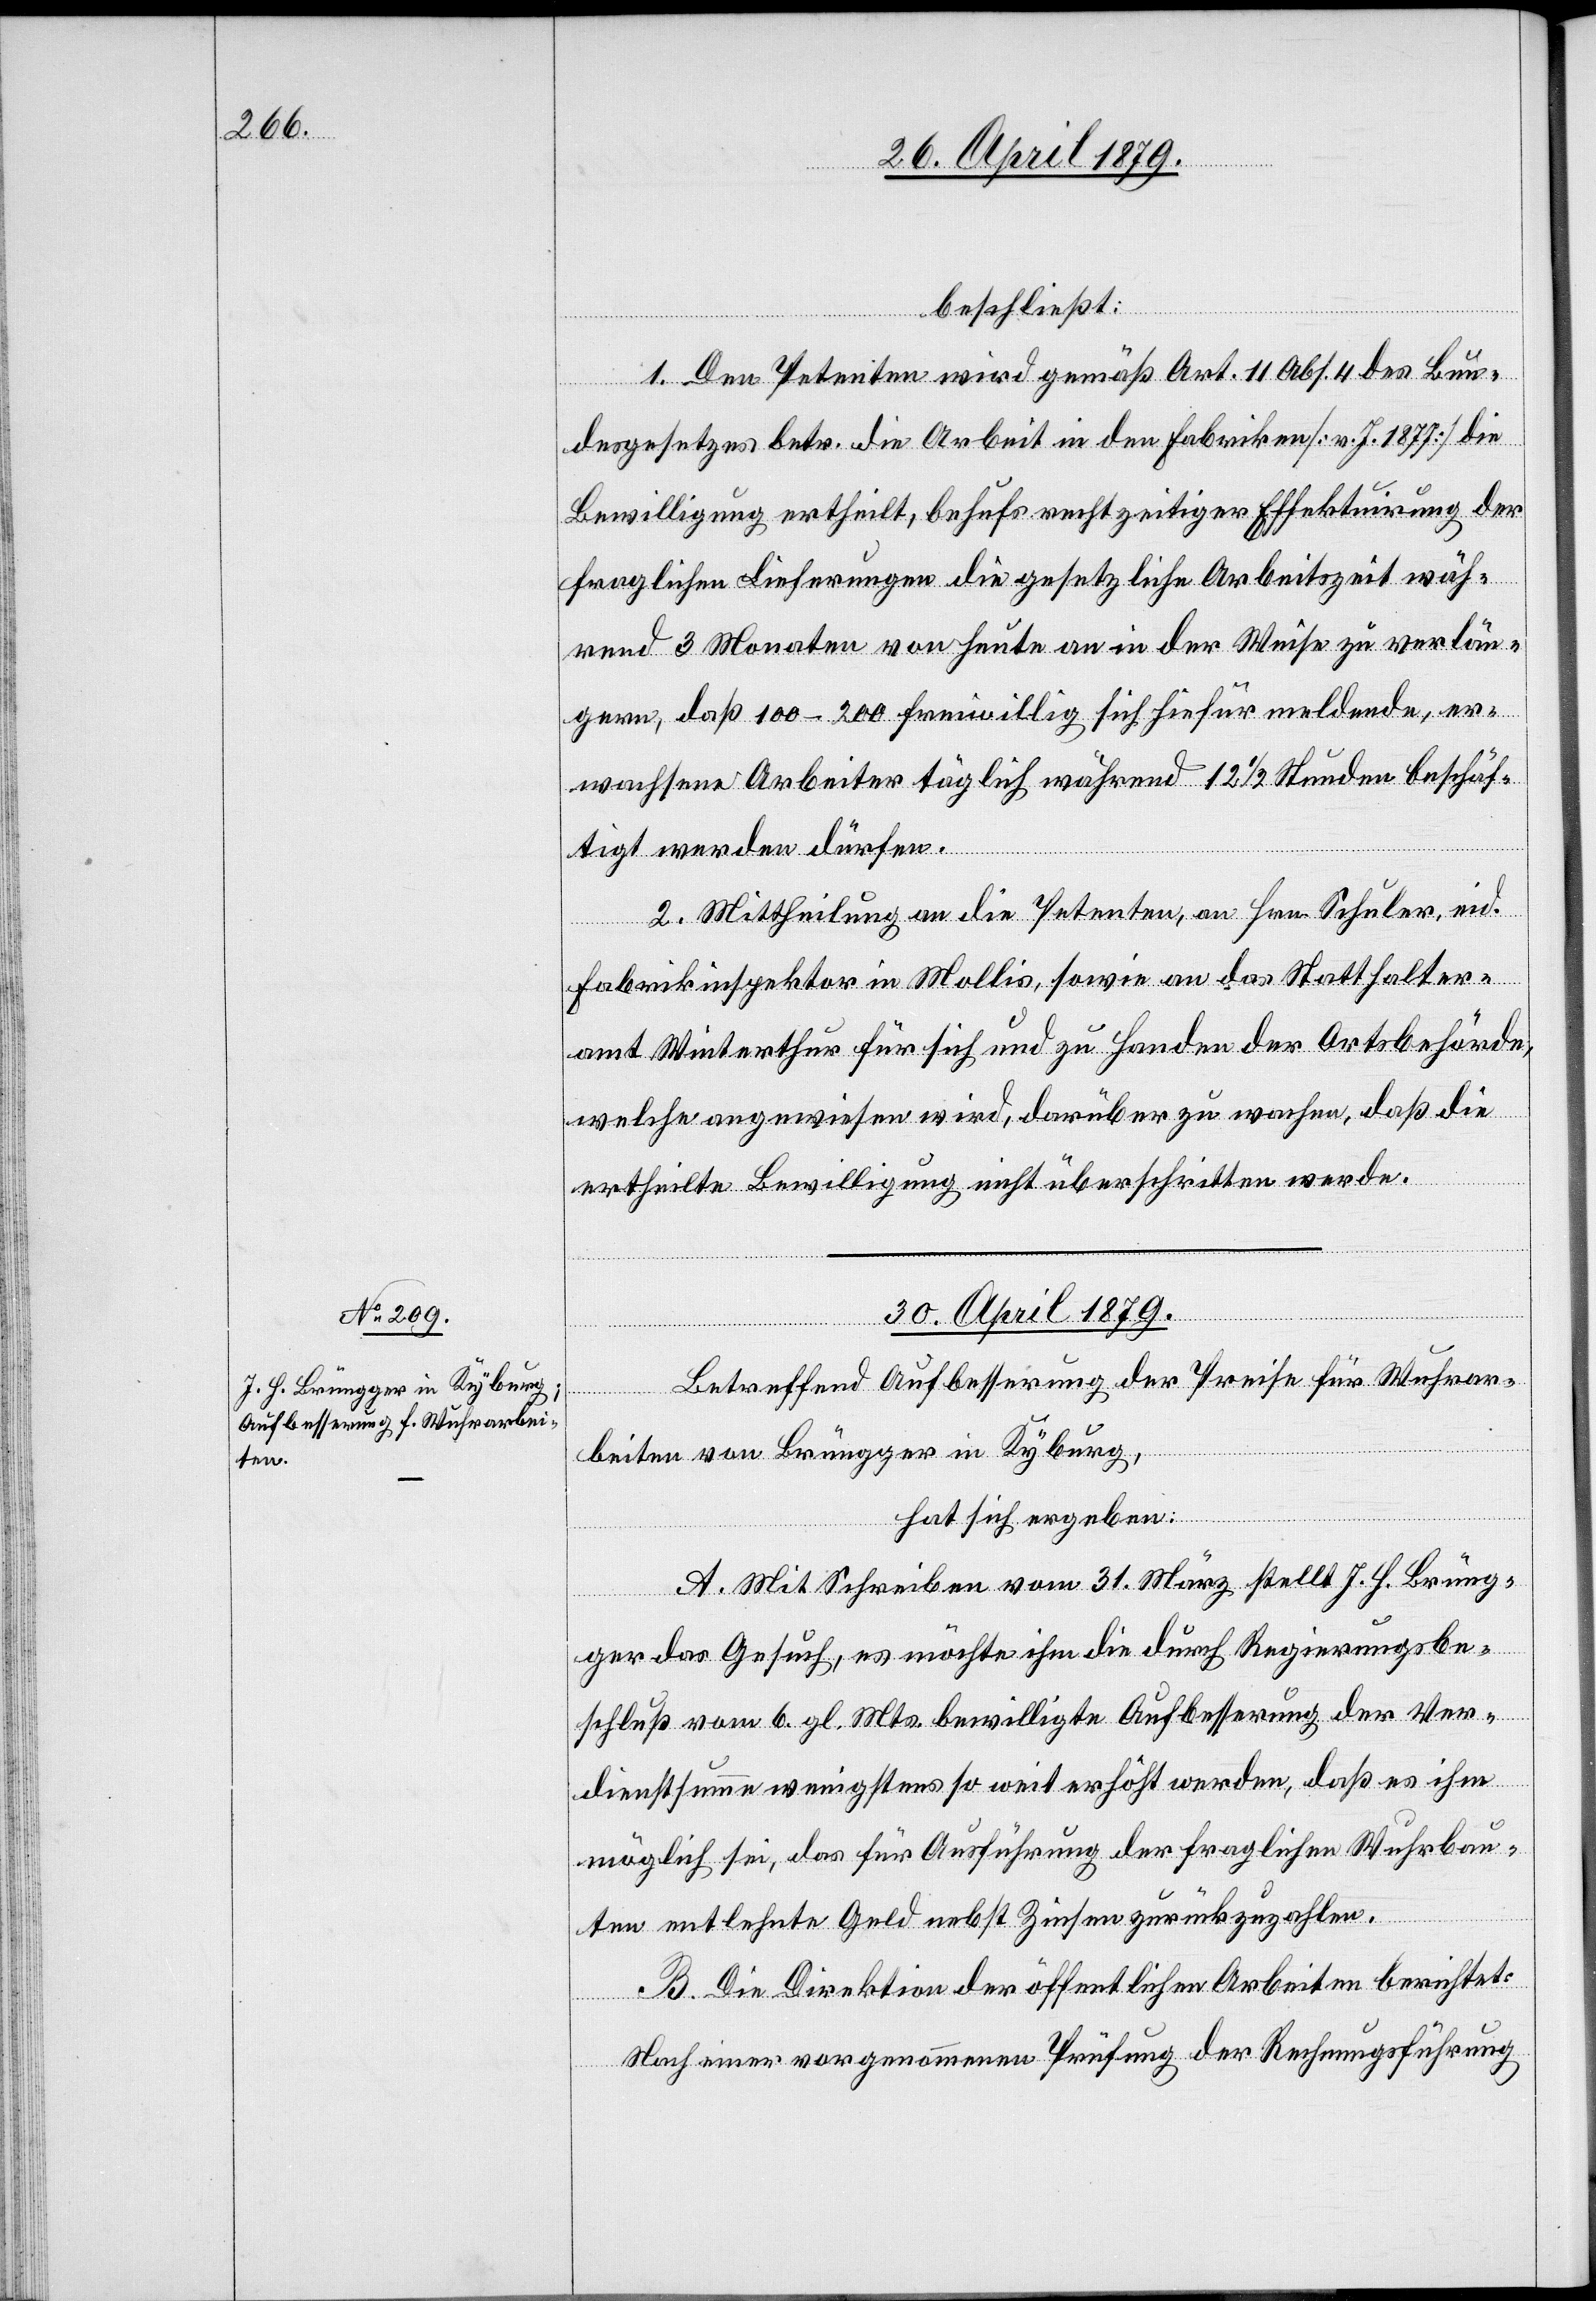
beschließt:
1. Den Petenten wird gemäß Art. 11 Abs. 4 des Bun¬
desgesetzes betr. die Arbeit in den Fabriken [v. J. 1877] die
Bewilligung ertheilt, behufs rechtzeitiger Effektuirung der
fraglichen Lieferungen die gesetzliche Arbeitszeit wäh¬
rend 3 Monaten von heute an in der Weise zu verlän¬
gern, daß 100–200 freiwillig sich hiefür meldende, er¬
wachsene Arbeiter täglich während 12 1/2 Stunden beschäf¬
tigt werden dürfen.
2. Mittheilung an die Petenten, an Hrn. Schuler, eid.
Fabrikinspektor in Mollis, sowie an das Statthalter¬
amt Winterthur für sich und zu Handen der Ortsbehörde,
welche angewiesen wird, darüber zu wachen, daß die
ertheilte Bewilligung nicht überschritten werde.
30. April 1879.
Betreffend Aufbesserung der Preise für Wuhrar¬
beiten von Brüngger in Kyburg,
hat sich ergeben:
A. Mit Schreiben vom 31. März stellt J. H. Brüng¬
ger das Gesuch, es möchte ihm die durch Regierungsbe¬
schluß vom 6. gl. Mts. bewilligte Aufbesserung der Ver¬
dienstsumme wenigstens so weit erhöht werden, daß es ihm
möglich sei, das für Ausführung der fraglichen Wuhrbau¬
ten entlehnte Geld nebst Zinsen zurückzuzahlen.
B. Die Direktion der öffentlichen Arbeiten berichtet:
Nach einer vorgenommenen Prüfung der Rechnungsführung